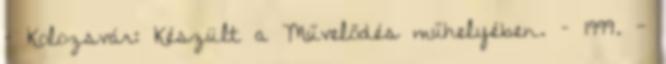
– Kolozsvár: Készült a Művelődés műhelyében. – 1999. -